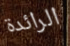
الرائدة